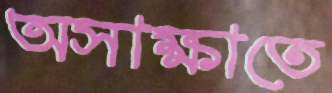
অসাক্ষাতে